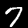
Label: 7